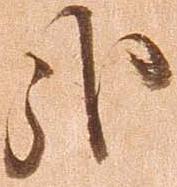
哉